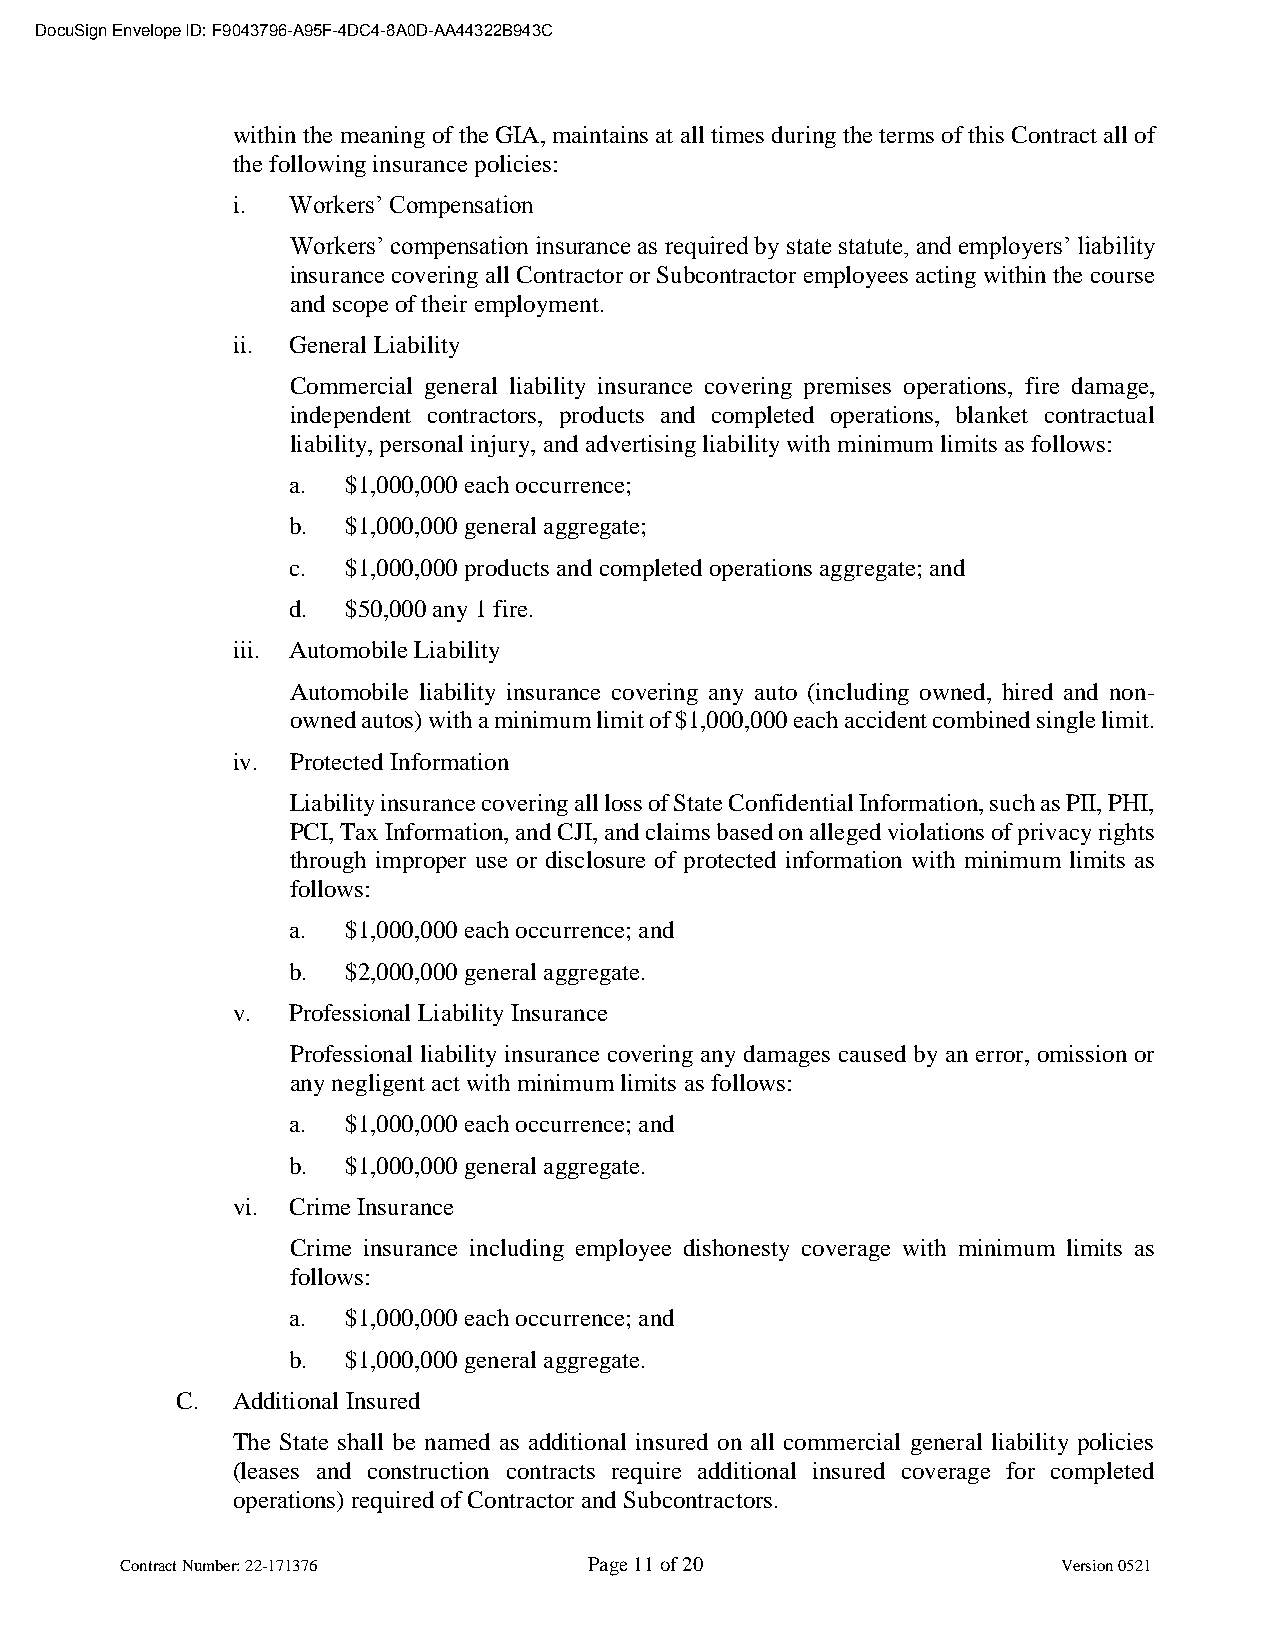
DocuSign Envelope ID: F9043796-A95F-4DC4-8A0D-AA44322B943C
 within the meaning of the GIA, maintains at all times during the terms of this Contract all of
 the following insurance policies:
 i.  Workers’ Compensation
 Workers’ compensation insurance as required by state statute, and employers’ liability
 insurance covering all Contractor or Subcontractor employees acting within the course
 and scope of their employment.
 ii. General Liability
 Commercial general liability insurance covering premises operations, fire damage,
 independent contractors, products and completed operations, blanket contractual
 liability, personal injury, and advertising liability with minimum limits as follows:
 a.  $1,000,000 each occurrence;
 b.  $1,000,000 general aggregate;
 c.  $1,000,000 products and completed operations aggregate; and
 d.  $50,000 any 1 fire.
 iii. Automobile Liability
 Automobile liability insurance covering any auto (including owned, hired and non-
 owned autos) with a minimum limit of $1,000,000 each accident combined single limit.
 iv. Protected Information
 Liability insurance covering all loss of State Confidential Information, such as PII, PHI,
 PCI, Tax Information, and CJI, and claims based on alleged violations of privacy rights
 through improper use or disclosure of protected information with minimum limits as
 follows:
 a.  $1,000,000 each occurrence; and
 b.  $2,000,000 general aggregate.
 v.  Professional Liability Insurance
 Professional liability insurance covering any damages caused by an error, omission or
 any negligent act with minimum limits as follows:
 a.  $1,000,000 each occurrence; and
 b.  $1,000,000 general aggregate.
 vi. Crime Insurance
 Crime insurance including employee dishonesty coverage with minimum limits as
 follows:
 a.  $1,000,000 each occurrence; and
 b.  $1,000,000 general aggregate.
 C. Additional Insured
 The State shall be named as additional insured on all commercial general liability policies
 (leases and construction contracts require additional insured coverage for completed
 operations) required of Contractor and Subcontractors.
 Contract Number: 22-171376     Page 11 of 20                  Version 0521